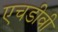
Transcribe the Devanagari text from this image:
एचडीवी